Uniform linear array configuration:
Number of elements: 4
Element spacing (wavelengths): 0.25
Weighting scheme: uniform
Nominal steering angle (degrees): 0
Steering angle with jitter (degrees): -1.626
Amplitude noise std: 0.05
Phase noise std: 0.05

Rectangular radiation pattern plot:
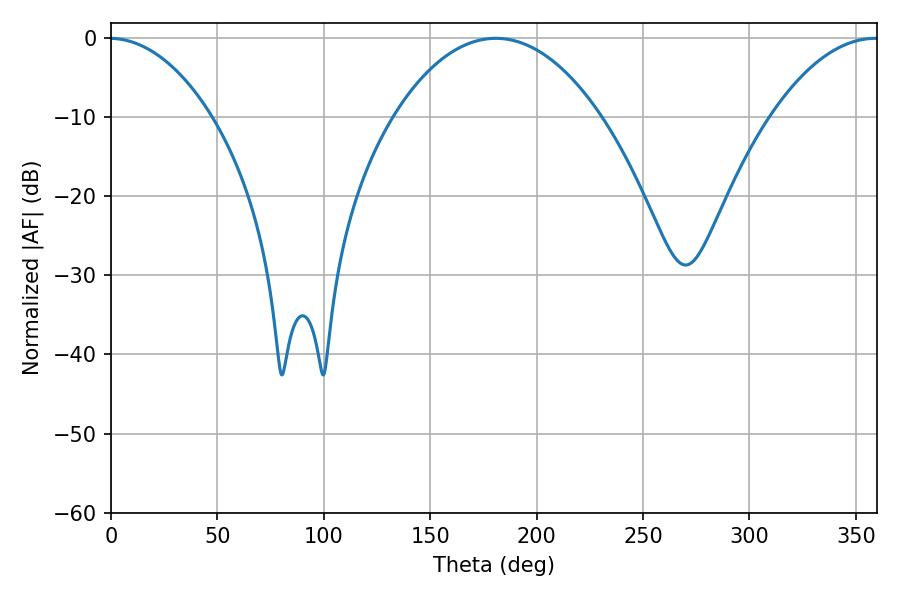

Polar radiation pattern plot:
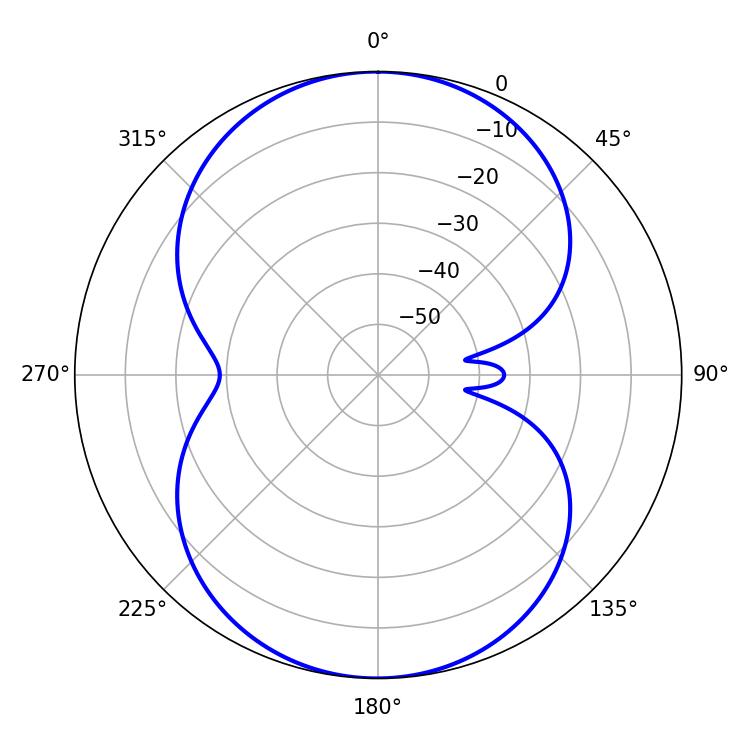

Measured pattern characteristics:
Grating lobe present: FALSE
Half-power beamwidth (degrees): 54.54
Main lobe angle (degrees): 180.9